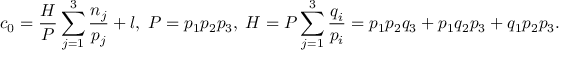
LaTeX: c _ { 0 } = \frac { H } { P } \sum _ { j = 1 } ^ { 3 } \frac { n _ { j } } { p _ { j } } + l , \; P = p _ { 1 } p _ { 2 } p _ { 3 } , \; H = P \sum _ { j = 1 } ^ { 3 } \frac { q _ { i } } { p _ { i } } = p _ { 1 } p _ { 2 } q _ { 3 } + p _ { 1 } q _ { 2 } p _ { 3 } + q _ { 1 } p _ { 2 } p _ { 3 } .